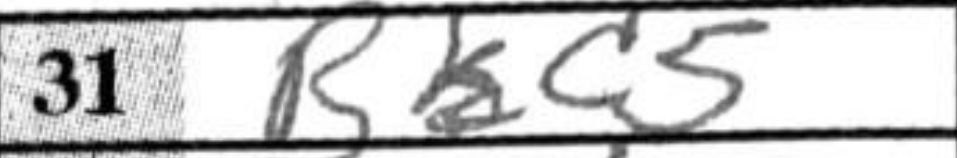
Transcription: Bc5